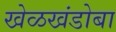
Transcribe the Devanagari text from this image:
खेळखंडोबा